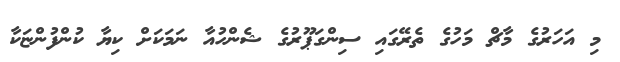
މި އަހަރުގެ މާޗް މަހުގެ ތެރޭގައި ސިންގަޕޫރުގެ ޝެންހުއާ ނަމަކަށް ކިޔާ ކުންފުންޏަކާ